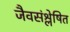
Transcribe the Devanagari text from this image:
जैवसंश्लेषित